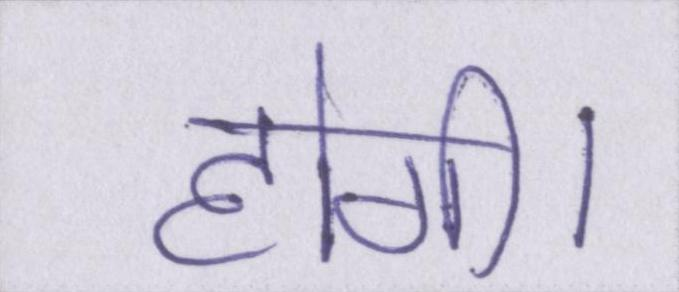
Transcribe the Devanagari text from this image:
होगी।